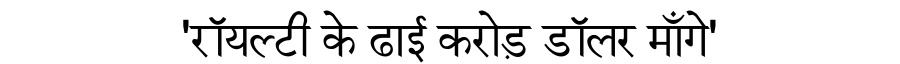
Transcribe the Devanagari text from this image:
'रॉयल्टी के ढाई करोड़ डॉलर माँगे'